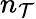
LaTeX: n_{\mathcal{T}}